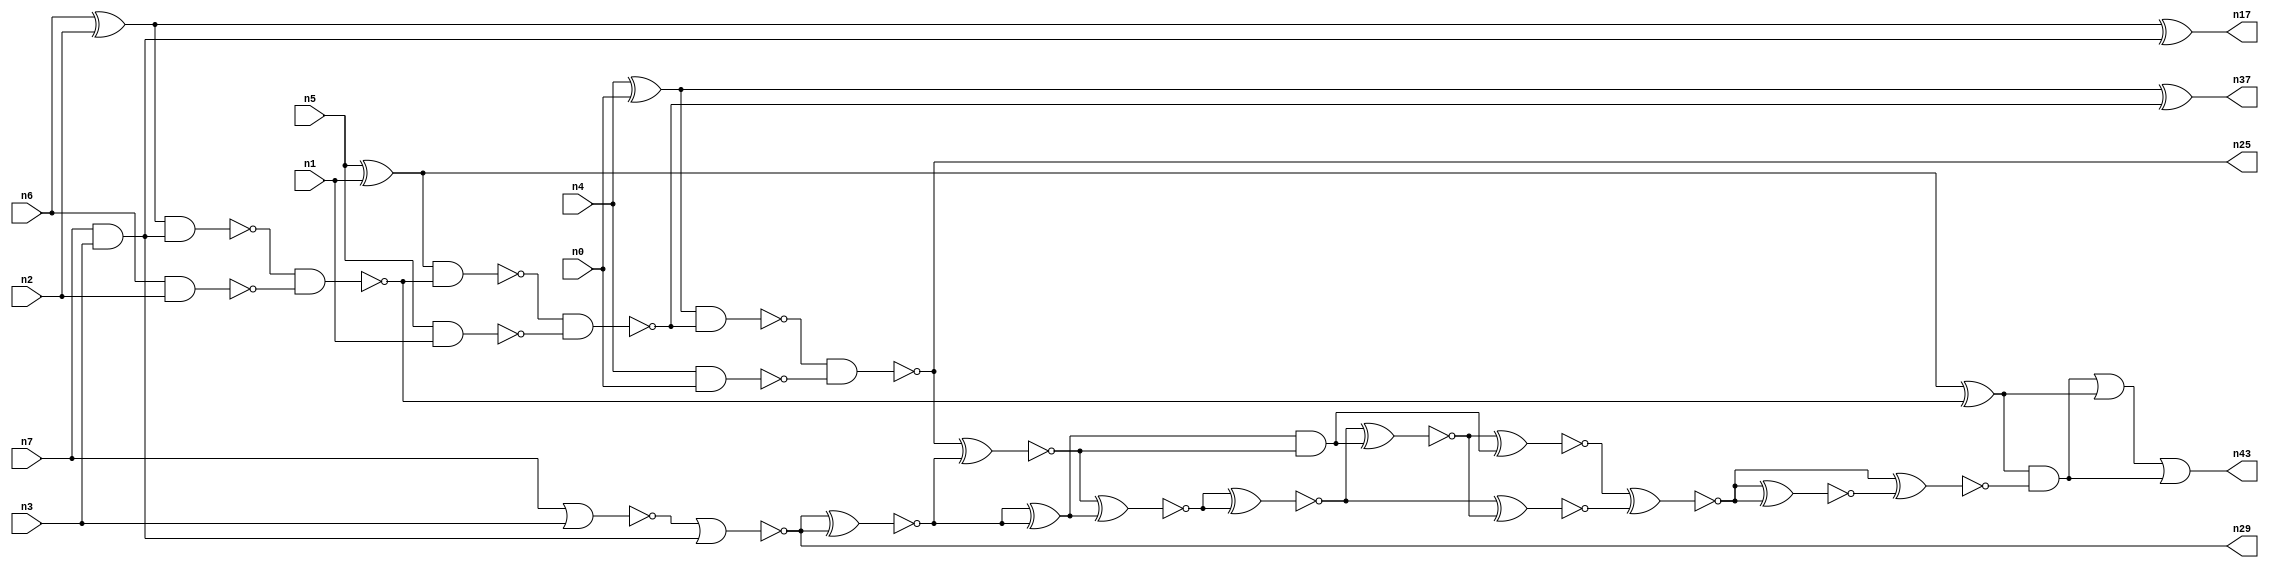
// This program was cloned from: https://github.com/umar-afzaal/ReCkt
// License: MIT License

// This file contains a pareto-optimal circuit with respect to power and the fault-resilince parameter p_fault which is defined as:
// "For all input vectors, the ratio of the no. of faults observable at the POs to the no. of total possible faults in the circuit".
// This code is part of the ReCkt library (https://github.com/umar-afzaal/ReCkt) distributed under The MIT License.
// When used, please cite the following article(s):
// U. Afzaal, A.S. Hassan, M. Usman and J.A. Lee, "On the Evolutionary Synthesis of Increased Fault-resilience Arithmetic Circuits".

// p_fault = 55.1 %    (Lower is better)
// gates = 36.0
// levels = 18
// area = 52.57    (For MCNC library relative to nand2)
// power = 201.4 uW    (Berkely-SIS for MCNC library @ Vdd=5V and 20 MHz clock)
// delay = 31.4 ns    (Berkely-ABC for MCNC library)
// PDP = 6.32396e-12 J

// Pin mapping:
// {n0, n1, n2, n3} = A[3:0]
// {n4, n5, n6, n7} = B[3:0]
// {n25, n37, n43, n17, n29} = O[4:0]

module addr4u_power_25 (
n0, n1, n2, n3, n4, n5, n6, n7, 
n25, n37, n43, n17, n29
);

input n0, n1, n2, n3, n4, n5, n6, n7;
output n25, n37, n43, n17, n29;
wire n38, n41, n20, n23, n14, n35, n22, n32, n31, n36, n33, n40, n39, n11, n34, n42, n13, n18, n30, n24, 
n9, n16, n8, n15, n10, n26, n19, n21, n27, n28, n12;

nand (n8, n6, n2);
xor (n9, n5, n1);
and (n10, n7, n3);
nor (n11, n7, n3);
xor (n12, n6, n2);
nand (n13, n4, n0);
xor (n14, n4, n0);
nand (n15, n5, n1);
nand (n16, n12, n10);
xor (n17, n12, n10);
nor (n18, n11, n10);
nand (n19, n16, n8);
nand (n20, n9, n19);
xor (n21, n9, n19);
nand (n22, n20, n15);
xor (n23, n14, n22);
nand (n24, n14, n22);
nand (n25, n24, n13);
xnor (n26, n18, n18);
xnor (n27, n25, n26);
xor (n28, n26, n26);
and (n29, n18, n18);
xnor (n30, n27, n28);
and (n31, n28, n27);
xnor (n32, n30, n30);
xnor (n33, n32, n31);
xnor (n34, n33, n31);
xnor (n35, n32, n33);
xnor (n36, n34, n35);
and (n37, n23, n23);
xnor (n38, n34, n35);
xnor (n39, n36, n36);
xnor (n40, n38, n39);
and (n41, n21, n40);
or (n42, n41, n21);
or (n43, n42, n41);

endmodule